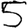
Digit: 5